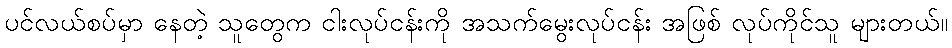
ပင်လယ်စပ်မှာ နေတဲ့ သူတွေက ငါးလုပ်ငန်းကို အသက်မွေးလုပ်ငန်း အဖြစ် လုပ်ကိုင်သူ များတယ်။